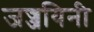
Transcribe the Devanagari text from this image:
जज्जयिनी